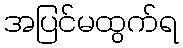
အပြင်မထွက်ရ